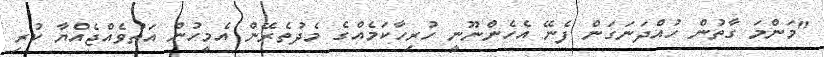
"މަންމަ ގާތުން ހުއްދަނަގަން ފެނޭ އެހެންނޫނީ ހުރިހާކަމެއްގެ މެދުތެރޭން އެމީހުން އަތުވެއްޖެއްޔާ ކުރި